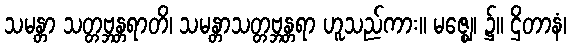
သမန္တာ သတ္တဗ္ဘန္တရာတိ၊ သမန္တာသတ္တဗ္ဘန္တရာ ဟူသည်ကား။ မဇ္ဈေ၊ ၌။ ဌိတာနံ၊